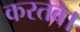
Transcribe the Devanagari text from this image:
करतब।